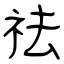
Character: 祛